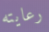
رعايته